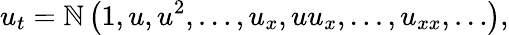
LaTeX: u_{t}=\mathbb{N}\left(1,u,u^{2},\ldots,{u_{x}},uu_{x},\ldots,u_{xx},\ldots\right),